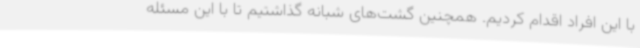
با این افراد اقدام کردیم. همچنین گشت‌های شبانه گذاشتیم تا با این مسئله